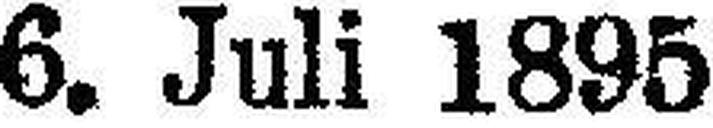
6. Juli 1895